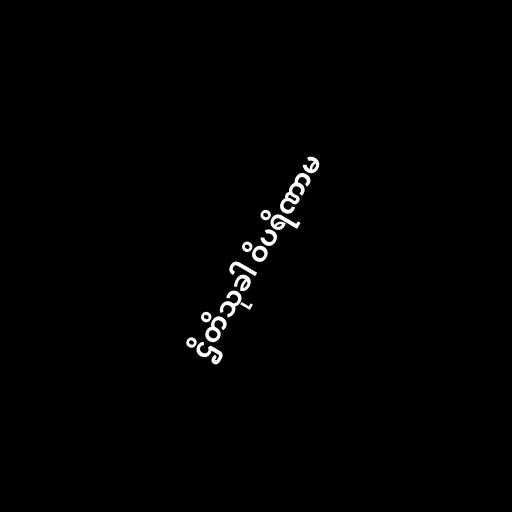
ဌိတိသုခါ ဝိပရိဏာမ